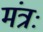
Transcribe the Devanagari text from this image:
मंत्रः